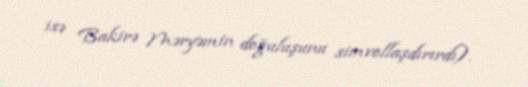
isə Bakirə Məryəmin doğuluşunu simvollaşdırırdı).